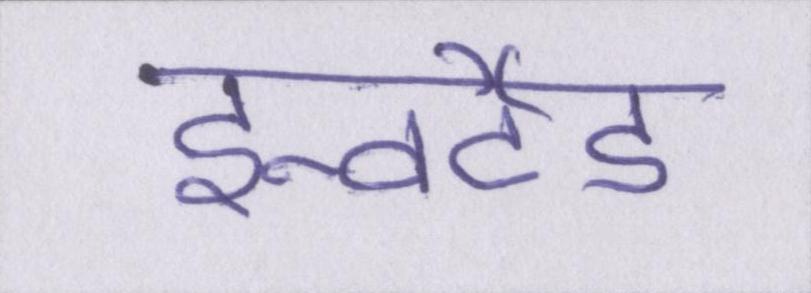
इन्वर्टेड